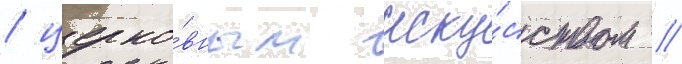
/ церко́вным иску́сством /